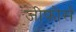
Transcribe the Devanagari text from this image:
जीफोर्स